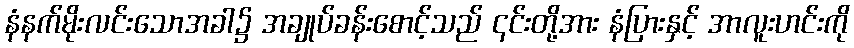
နံနက်မိုးလင်းသောအခါ၌ အချုပ်ခန်းစောင့်သည် ၎င်းတို့အား နံပြားနှင့် အာလူးဟင်းကို